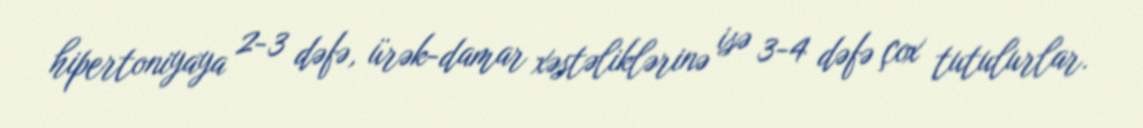
hipertoniyaya 2-3 dəfə, ürək-damar xəstəliklərinə isə 3-4 dəfə çox tutulurlar.